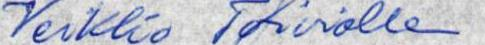
Veikko Toiviolle